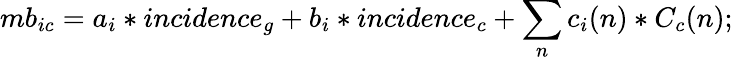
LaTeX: mb_{ic}=a_{i}*incidence_{g}+b_{i}*incidence_{c}+\sum_{n}c_{i}(n)*C_{c}(n);